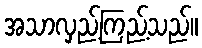
အသာလှည့်ကြည့်သည်။